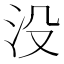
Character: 没